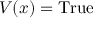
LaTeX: V ( x ) = { \mathrm { T r u e } }